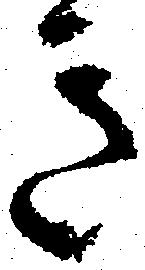
き